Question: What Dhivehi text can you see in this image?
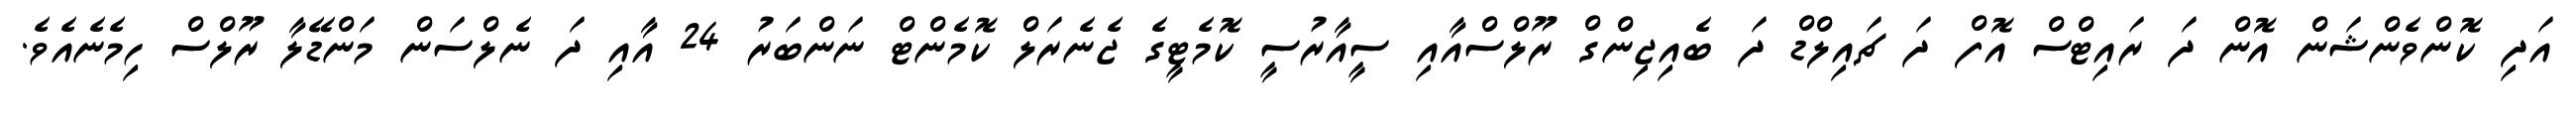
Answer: އަދި ކޮންވެންޝަން އޮން ދަ ރައިޓްސް އޮފް ދަ ޗައިލްޑް ދަ ބެއިޖިންގް ރޫލްސްއާއި ސީއާރުސީ ކޮމެޓީގެ ޖެނެރަލް ކޮމެންޓް ނަންބަރު 24 އާއި ދަ ނެލްސަން މަންޑޭލާ ރޫލްސް ހިމެނެއެވެ.